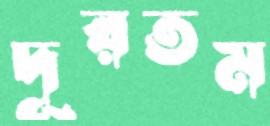
দূরতম